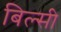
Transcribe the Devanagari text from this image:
बिल्‍सी